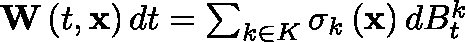
\begin{array} { r } { \mathbf { W } \left( t , \mathbf { x } \right) d t = \sum _ { k \in K } \mathbf { \sigma } _ { k } \left( \mathbf { x } \right) d B _ { t } ^ { k } } \end{array}